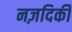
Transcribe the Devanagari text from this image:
नज़दिकी